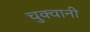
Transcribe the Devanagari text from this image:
चुक्वानी